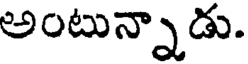
అంటున్నాడు.